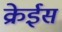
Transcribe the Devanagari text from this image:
क्रेईस